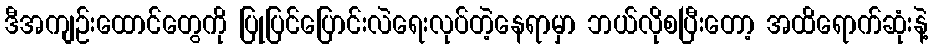
ဒီအကျဉ်းထောင်တွေကို ပြုပြင်ပြောင်းလဲရေးလုပ်တဲ့နေရာမှာ ဘယ်လိုစပြီးတော့ အထိရောက်ဆုံးနဲ့